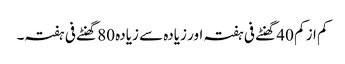
کم از کم 40 گھنٹے فی ہفتہ اور زیادہ سے زیادہ 80 گھنٹے فی ہفتہ۔